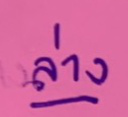
ล่าง